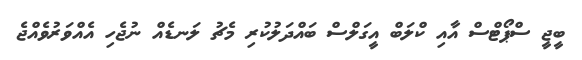
ބީޖީ ސްޕޯޓްސް އާއި ކްލަބް އީގަލްސް ބައްދަލުކުރި މެޗު ލަނޑެއް ނުޖެހި އެއްވަރުވެއްޖެ